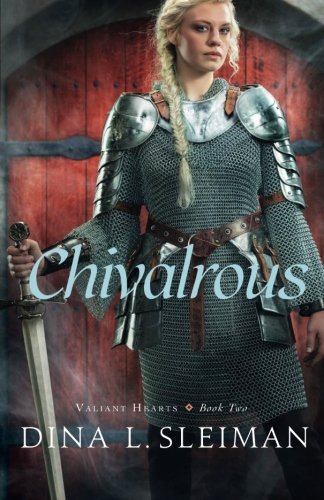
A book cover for Chivalrous (Valiant Hearts); Dina L. Sleiman; Teen & Young Adult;